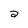
Character: a